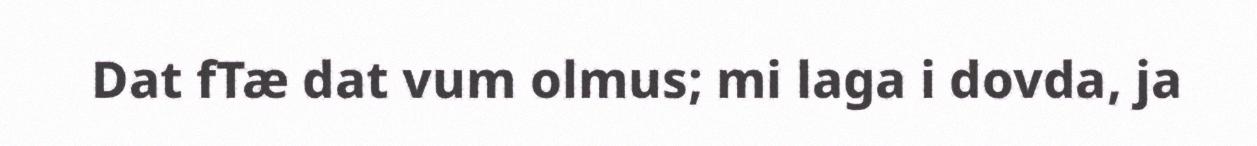
Dat fTæ dat vum olmus; mi laga i dovda, ja